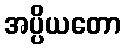
အပ္ပိယတော